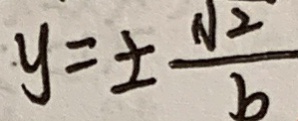
y = \pm \frac { \sqrt { 2 } } { b }